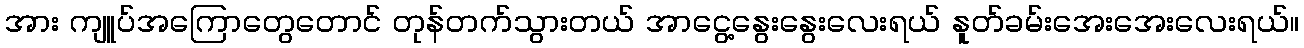
အား ကျူပ်အကြောတွေတောင် တုန်တက်သွားတယ် အာငွေ့နွေးနွေးလေးရယ် နူတ်ခမ်းအေးအေးလေးရယ်။